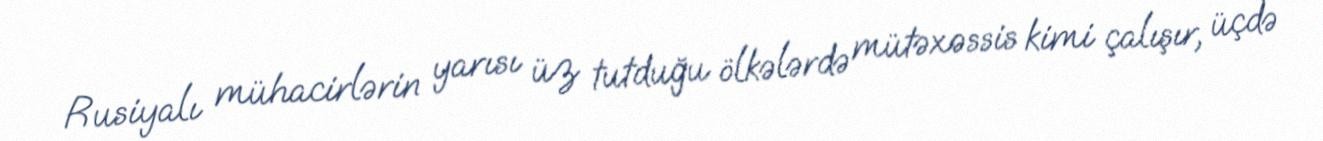
Rusiyalı mühacirlərin yarısı üz tutduğu ölkələrdə mütəxəssis kimi çalışır, üçdə